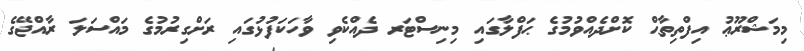
މިމަޝްރޫޢު އިފްތިތާޙް ކޮށްދެއްވުމުގެ ޙަފްލާގައި މިނިސްޓަރ ދެއްކެވި ވާހަކަފުޅުގައި ރަށްގިރުމުގެ މައްސަލަ ރާއްޖޭގެ